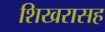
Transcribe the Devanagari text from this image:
शिखरासह